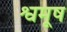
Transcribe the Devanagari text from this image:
श्वमूष